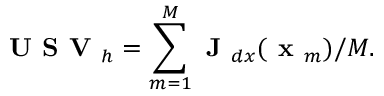
\textbf { U S V } _ { h } = \sum _ { m = 1 } ^ { M } \textbf { J } _ { d x } ( \textbf { x } _ { m } ) / M .